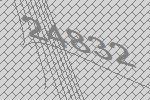
24832